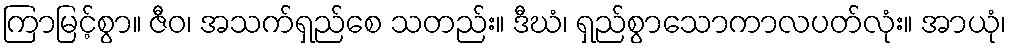
ကြာမြင့်စွာ။ ဇီဝ၊ အသက်ရှည်စေ သတည်း။ ဒီဃံ၊ ရှည်စွာသောကာလပတ်လုံး။ အာယုံ၊